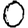
Digit: 0